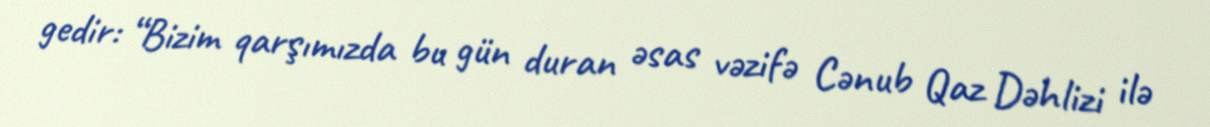
gedir: “Bizim qarşımızda bu gün duran əsas vəzifə Cənub Qaz Dəhlizi ilə